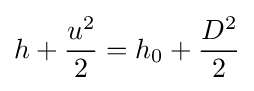
h+{\frac {u^{2}}{2}}=h_{0}+{\frac {D^{2}}{2}}